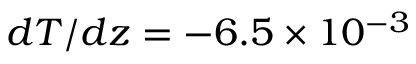
d T / d z = - 6 . 5 \times 1 0 ^ { - 3 }